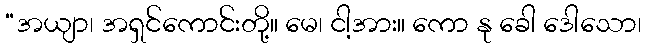
“အယျာ၊ အရှင်ကောင်းတို့။ မေ၊ ငါ့အား။ ကော နု ခေါ ဒေါသော၊